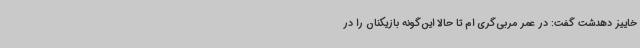
خاییز دهدشت گفت: در عمر مربی‌گری ام تا حالا این‌گونه بازیکنان را در